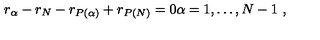
r _ { \alpha } - r _ { N } - r _ { P ( \alpha ) } + r _ { P ( N ) } = 0 \alpha = 1 , \dots , N - 1 \ ,